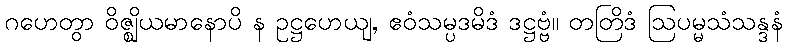
ဂဟေတွာ ဝိဇ္ဈိယမာနောပိ န ဥဋ္ဌဟေယျ, ဧဝံသမ္ပဒမိဒံ ဒဋ္ဌဗ္ဗံ။ တတြိဒံ ဩပမ္မသံသန္ဒနံ